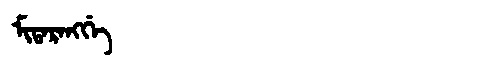
Manchu: ᠮᡳᡨᠠᡵᠠᠩᡤᡝ
Romanization: MITARANGGE